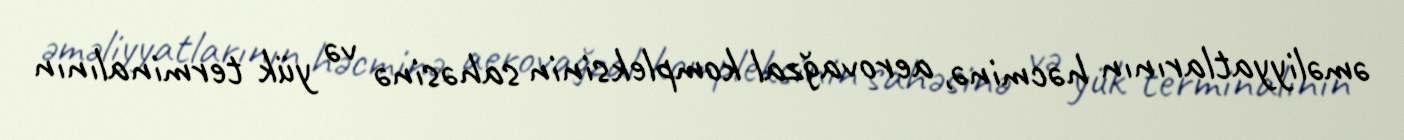
əməliyyatlarının həcminə, aerovağzal kompleksinin sahəsinə və yük terminalının